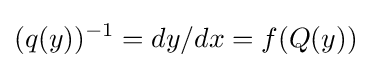
(q(y))^{-1}=dy/dx=f(Q(y))